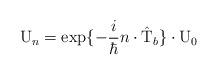
\begin{align*}{\rm U}_n = \exp\{-\frac{i}{\hbar} n \cdot \hat{\rm T}_{b}\}\cdot {\rm U}_0\end{align*}